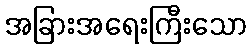
အခြားအရေးကြီးသော